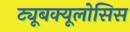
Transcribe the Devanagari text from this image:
ट्यूबक्यूलोसिस